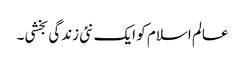
عالم اسلام کو ایک نئی زندگی بخشی۔